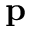
\mathbf { p }